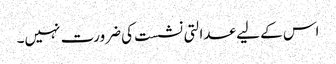
اس کے لیے عدالتی نشست کی ضرورت نہیں۔